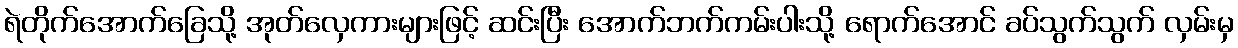
ရဲတိုက်အောက်ခြေသို့ အုတ်လှေကားများဖြင့် ဆင်းပြီး အောက်ဘက်ကမ်းပါးသို့ ရောက်အောင် ခပ်သွက်သွက် လှမ်းမှ